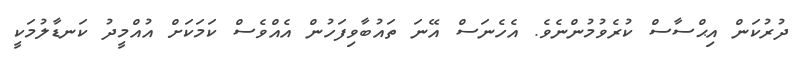
ދުރުކަން އިޙްސާސް ކުރެވުމުންނެވެ. އެހެނަސް އޭނަ ތައުބާވިފަހުން އެއްވެސް ކަމަކަށް އުއްމީދު ކަނޑާލުމަކީ